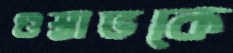
গুস্তাভকে